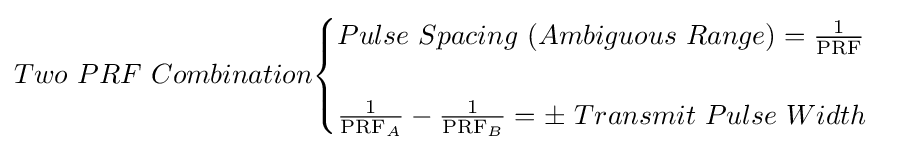
Two\ PRF\ Combination{\begin{cases}Pulse\ Spacing\ (Ambiguous\ Range)={\frac {1}{\mathrm {PRF} }}\\\\{\frac {1}{\mathrm {PRF} _{A}}}-{\frac {1}{\mathrm {PRF} _{B}}}=\pm \ Transmit\ Pulse\ Width\end{cases}}